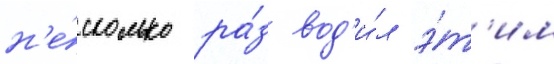
н'е́сколько ра́з вод'и́л э́т'им